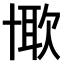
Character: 𠦰